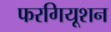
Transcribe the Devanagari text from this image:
फरगियूशन